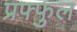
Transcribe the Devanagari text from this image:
प्रफ्फुल